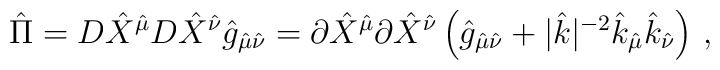
{\hat \Pi} = D {\hat X}^{\hat \mu} D {\hat X}^{\hat \nu} {\hat g}_{{\hat \mu}{\hat \nu}} = \partial {\hat X}^{\hat \mu} \partial {\hat X}^{\hat \nu} \left( {\hat g}_{{\hat \mu}{\hat \nu}}+ |{\hat k}|^{-2}{\hat k}_{\hat \mu}{\hat k}_{\hat \nu} \right) \, ,